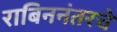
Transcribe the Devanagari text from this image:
राबिननंतरचे